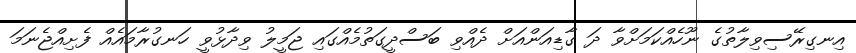
އިނގިރޭސިވިލާތުގެ ނޫހެއްކަމަށްވާ ދަ ގާޑިއަންއަށް ދެއްވި ބަސްދީގަތުމެއްގައި ޖަމީލު ވިދާޅުވީ ހަނގުރާމައެއް ފެށިއްޖެނަމަ